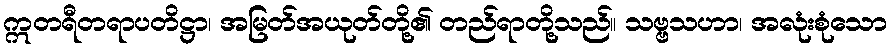
ဣတရီတရာပတိဋ္ဌာ၊ အမြတ်အယုတ်တို့၏ တည်ရာတို့သည်။ သဗ္ဗသဟာ၊ အလုံးစုံသော